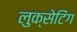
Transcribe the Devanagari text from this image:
लुक्सेटिंग